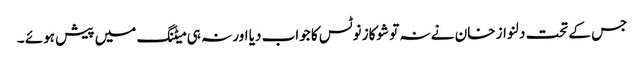
جس کے تحت دلنواز خان نے نہ تو شوکاز نوٹس کا جواب دیا اور نہ ہی میٹنگ میں پیش ہوئے ۔